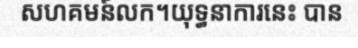
សហគមន៍លក។យុទ្ធនាការនេះ បាន